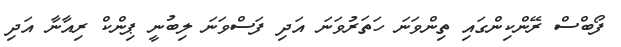
ފޯބްސް ރޭންކިންގައި ތިންވަނަ ހަތަރުވަނަ އަދި ފަސްވަނަ ލިބުނީ ޕިންކް ރިއާނާ އަދި